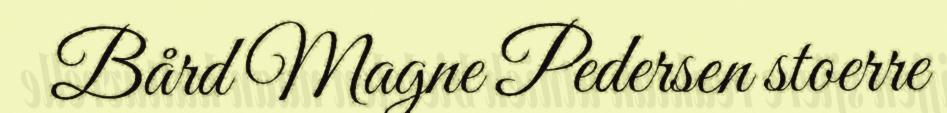
Bård Magne Pedersen stoerre